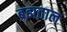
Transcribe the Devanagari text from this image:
ब्रह्मताल